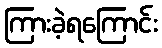
ကြားခဲ့ရကြောင်း